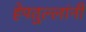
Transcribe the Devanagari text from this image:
हेपतुल्लांनी